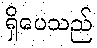
ရှိပေသည်